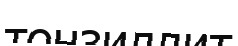
тонзиллит